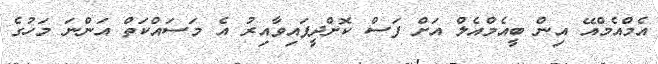
އެމްއެމްއޭ އިން ބީއެމްއެލް އަށް ފަސް ކޮށްދީފައިވާއިރު އެ މަސައްކަތް އަންނަ މަހުގެ